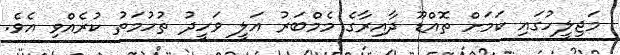
މަޖިލީހުގައި ކަމަށް ތޮއްޑޫ ދާއިރާގެ މެމްބަރު އަލީ ވަހީދު ތުހުމަތު ކުރެއްވި އެވެ.